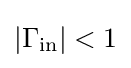
\left|\Gamma _{\mathrm {in} }\right|<1